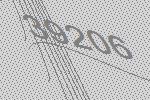
39206